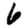
Digit: 6